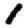
Digit: 1